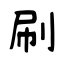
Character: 刷